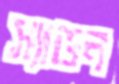
স্যাডন